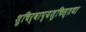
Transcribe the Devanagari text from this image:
शुचिर्वाप्यशुचिस्तथा